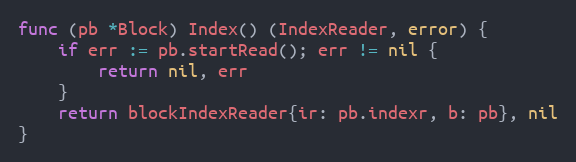
Language: Go
func (pb *Block) Index() (IndexReader, error) {
	if err := pb.startRead(); err != nil {
		return nil, err
	}
	return blockIndexReader{ir: pb.indexr, b: pb}, nil
}